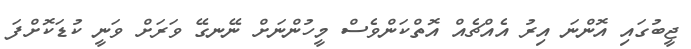
ޖީބުގައި އޮންނަ އިރު އެއްޗެއް އޮތްކަންވެސް މީހުންނަށް ނޭނގޭ ވަރަށް ވަނީ ކުޑަކޮށްފަ